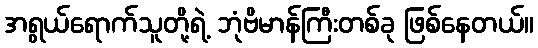
အရွယ်ရောက်သူတို့ရဲ့ ဘုံဗိမာန်ကြီးတစ်ခု ဖြစ်နေတယ်။